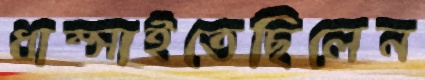
ধাম্‌সাইতেছিলেন